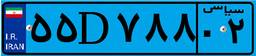
۵۵D۷۸۸۰۲